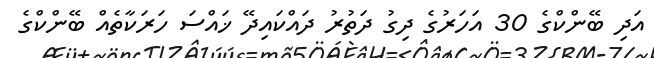
އަދި ބޭންކްގެ 30 އަހަރުގެ ދިގު ދަތުރު ދައްކައިދޭ ޚައްސަ ހަރަކާތެއް ބޭންކްގެ